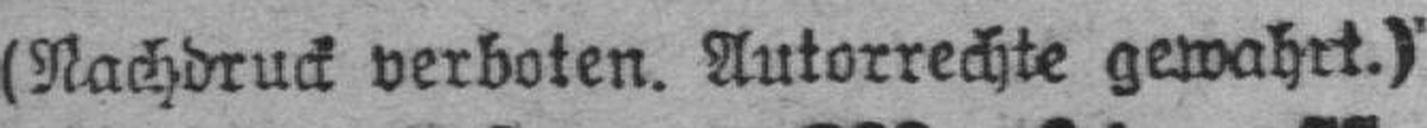
(Nachdruck verboten. Autorrechte gewahrt.)